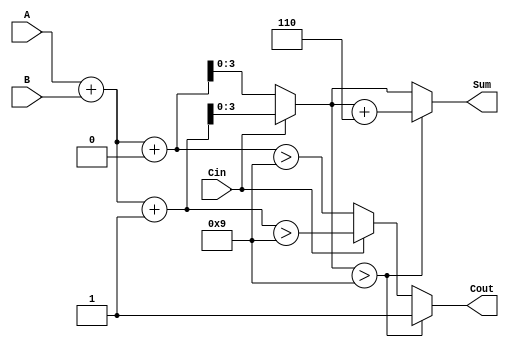
module BCD_MCSA (
    input [3:0] A,       // First BCD digit
    input [3:0] B,       // Second BCD digit
    input Cin,           // Carry-in
    output reg [3:0] Sum, // BCD Sum output
    output reg Cout       // Carry-out
);

    // Internal signals for preliminary sums and carries
    wire [4:0] S0, S1;   // 5 bits to accommodate carry
    wire C0, C1;         // Carry-out for both scenarios

    // Preliminary sum calculations
    assign S0 = A + B + 0; // Sum when Cin = 0
    assign S1 = A + B + 1; // Sum when Cin = 1

    // Carry generation
    assign C0 = (S0 > 9);  // Carry-out when Cin = 0
    assign C1 = (S1 > 9);  // Carry-out when Cin = 1

    // Final sum and carry selection
    always @(*) begin
        if (Cin == 0) begin
            Sum = S0; // Select S0
            Cout = C0; // Select C0
        end else begin
            Sum = S1; // Select S1
            Cout = C1; // Select C1
        end

        // BCD correction logic
        if (Sum > 9) begin
            Sum = Sum + 6; // Add 6 for BCD correction
            Cout = 1;      // Set carry-out if correction is applied
        end else begin
            Cout = Cout;   // Maintain carry-out if no correction
        end
    end

endmodule